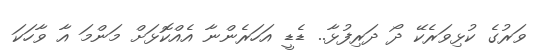
ވަރުގެ ކުޅިވަރެކޭ ދޯ ދަރިފުޅާ.. ޑެޑީ އަހަރެންނާ އެއްކޮޅަށް މަންމަ އާ ވާހަކަ